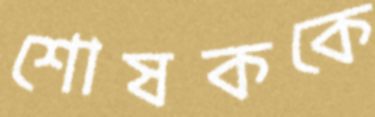
শোষককে